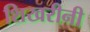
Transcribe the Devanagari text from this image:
शिखरीनी